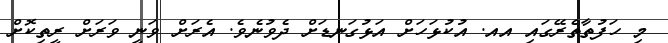
މި ހަފުތާތެރޭގައި އއ. އުކުޅަހަށް އަޅުގަނޑަށް ދެވުނެވެ. އެރަށް ވަނީ ވަރަށް ރީތިކޮށް